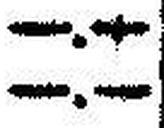
—.—